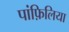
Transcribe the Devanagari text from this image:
पांफ़िलिया